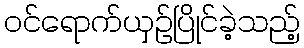
ဝင်ရောက်ယှဉ်ပြိုင်ခဲ့သည့်